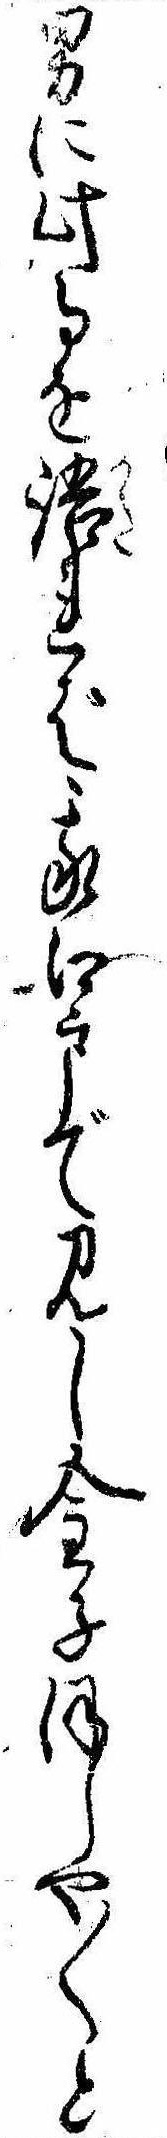
男に此事を語れば我江戸で見し金子ほしや〱と